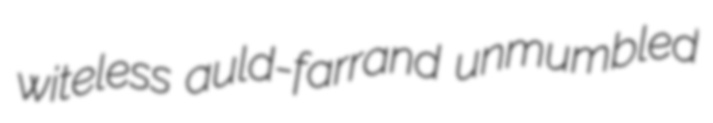
witeless auld-farrand unmumbled